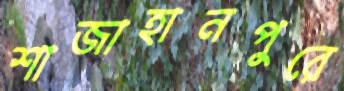
শাজাহানপুরে